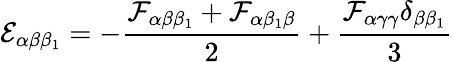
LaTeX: \mathcal{E}_{\alpha\beta\beta_{1}}=-\frac{\mathcal{F}_{\alpha\beta\beta_{1}}+\mathcal{F}_{\alpha\beta_{1}\beta}}{2}+\frac{\mathcal{F}_{\alpha\gamma\gamma}\delta_{\beta\beta_{1}}}{3}